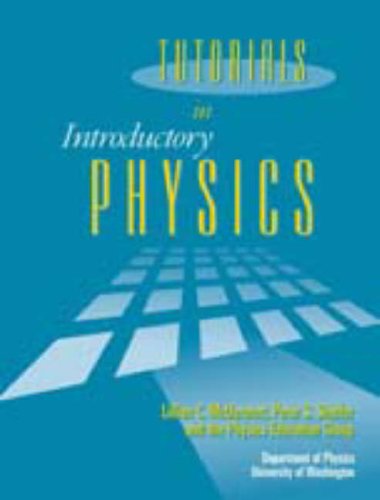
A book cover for Tutorials in Introductory Physics; Lillian C. McDermott; Education & Teaching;